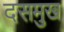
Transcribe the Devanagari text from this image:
दसमुख